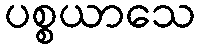
ပစ္စယာသေ